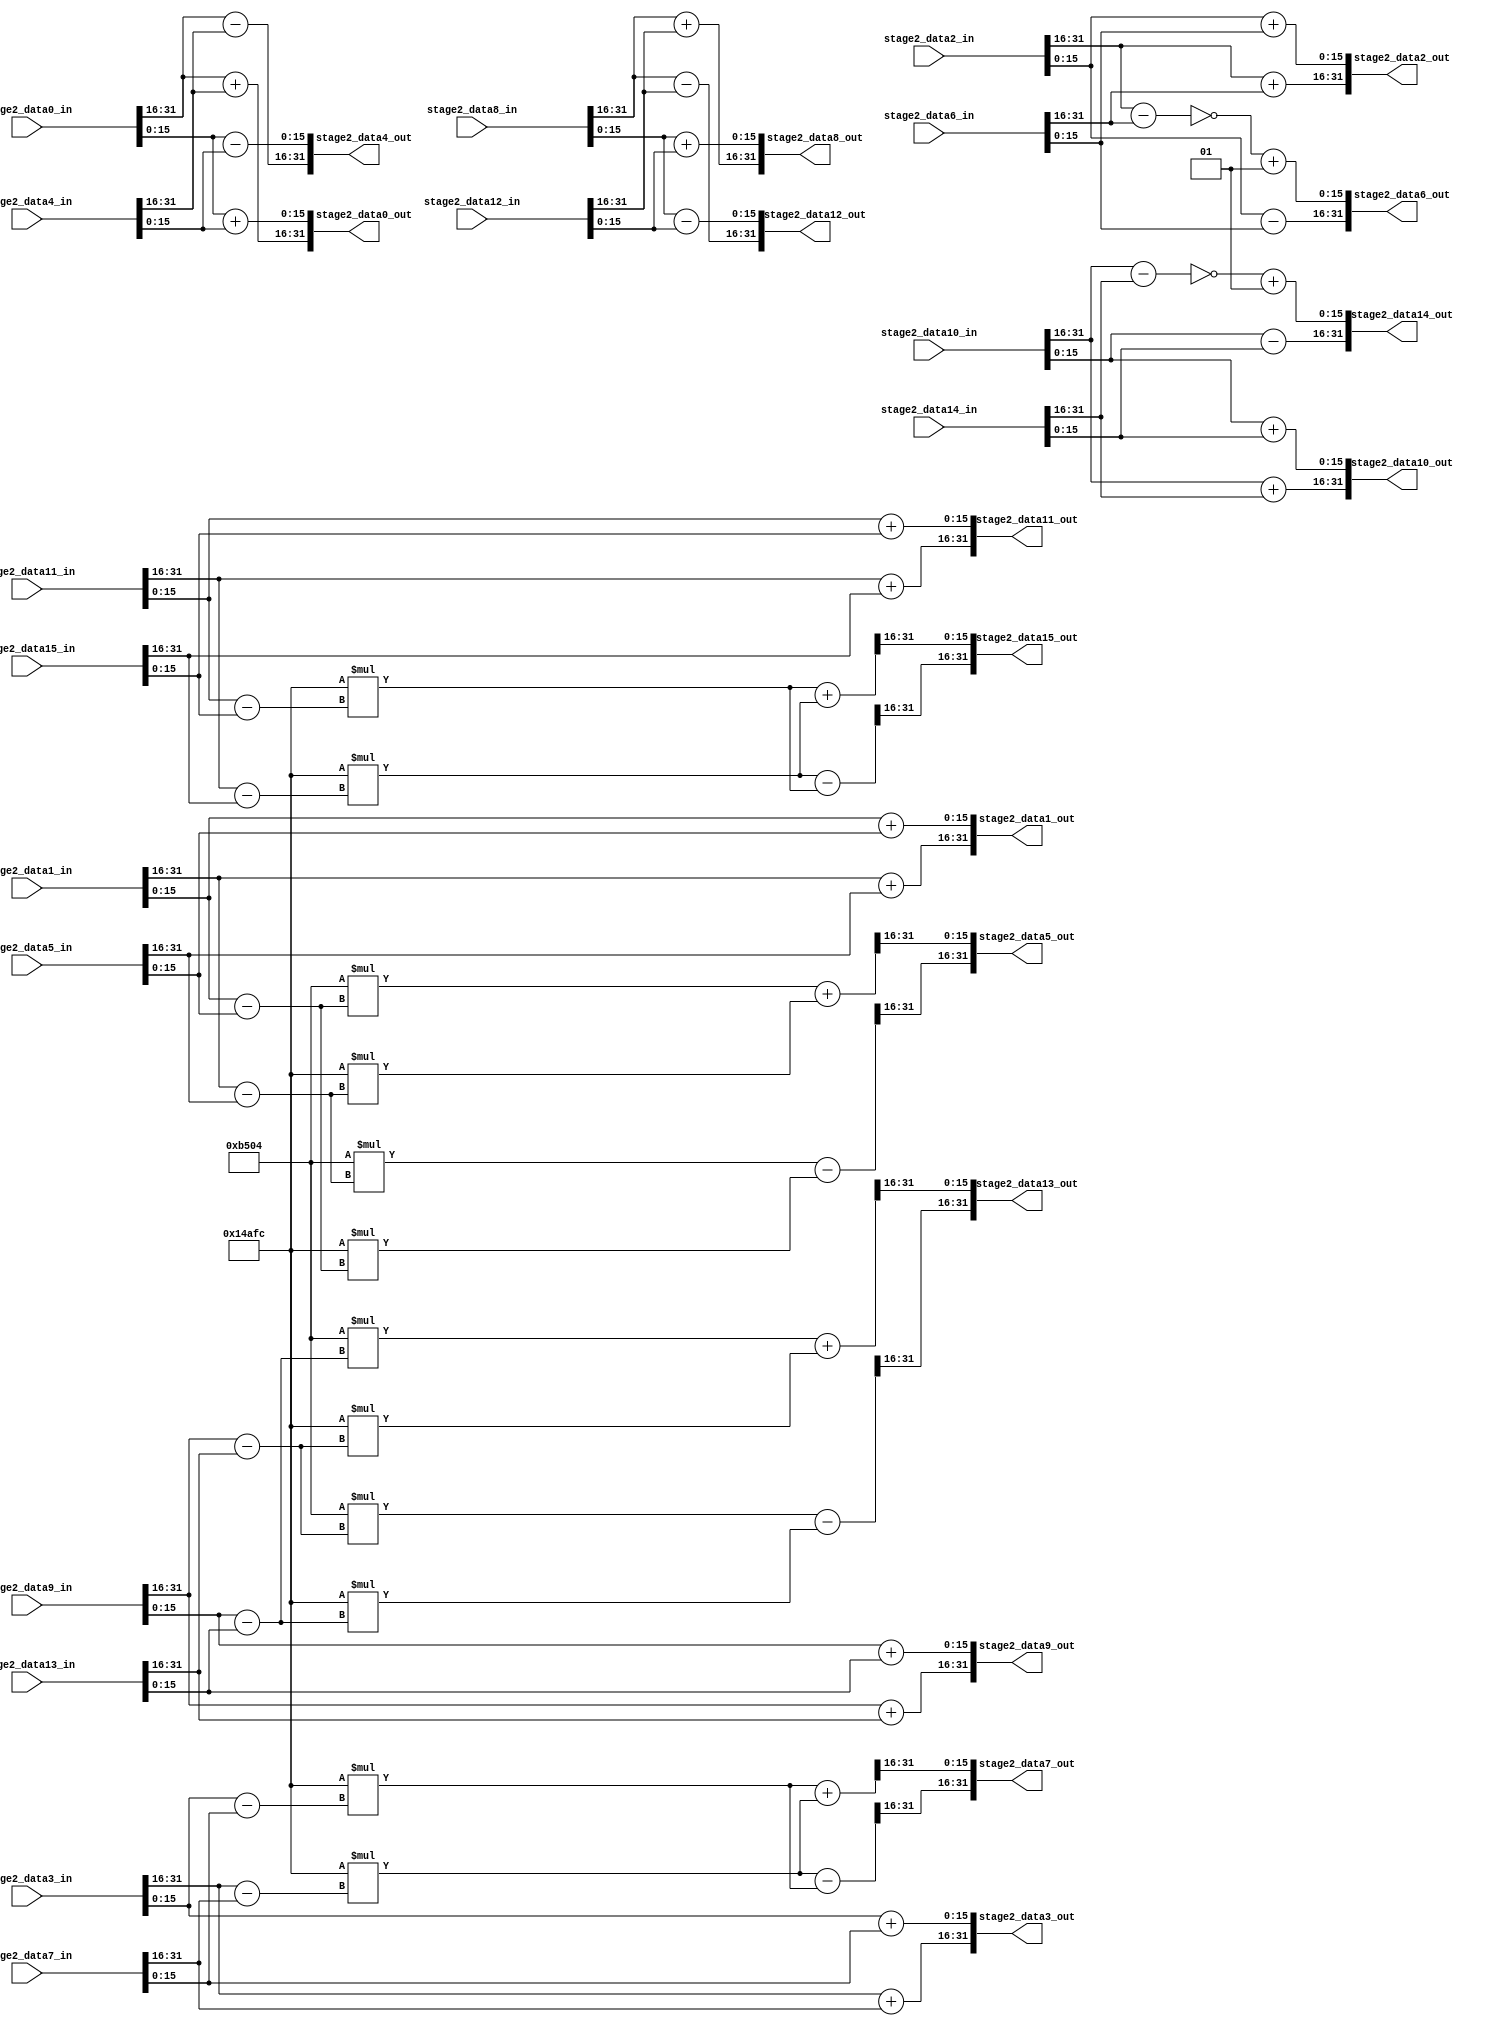
module fft_stage2(
		stage2_data0_in,
		stage2_data1_in,
		stage2_data2_in,
		stage2_data3_in,
		stage2_data4_in,
		stage2_data5_in,
		stage2_data6_in,
		stage2_data7_in,
		stage2_data8_in,
		stage2_data9_in,
		stage2_data10_in,
		stage2_data11_in,
		stage2_data12_in,
		stage2_data13_in,
		stage2_data14_in,
		stage2_data15_in,

		stage2_data0_out,
		stage2_data1_out,
		stage2_data2_out,
		stage2_data3_out,
		stage2_data4_out,
		stage2_data5_out,
		stage2_data6_out,
		stage2_data7_out,
		stage2_data8_out,
		stage2_data9_out,
		stage2_data10_out,
		stage2_data11_out,
		stage2_data12_out,
		stage2_data13_out,
		stage2_data14_out,
		stage2_data15_out
);

	input  [31:0] stage2_data1_in;
	input  [31:0] stage2_data2_in;
	input  [31:0] stage2_data3_in;
	input  [31:0] stage2_data4_in;
	input  [31:0] stage2_data5_in;
	input  [31:0] stage2_data6_in;
	input  [31:0] stage2_data7_in;
	input  [31:0] stage2_data8_in;
	input  [31:0] stage2_data9_in;
	input  [31:0] stage2_data10_in;
	input  [31:0] stage2_data11_in;
	input  [31:0] stage2_data12_in;
	input  [31:0] stage2_data13_in;
	input  [31:0] stage2_data14_in;
	input  [31:0] stage2_data15_in;
	input  [31:0] stage2_data0_in;
	
	
	
	output reg  [31:0] stage2_data0_out;
	output reg  [31:0] stage2_data1_out;
	output reg  [31:0] stage2_data2_out;
	output reg  [31:0] stage2_data3_out;
	output reg  [31:0] stage2_data4_out;
	output reg  [31:0] stage2_data5_out;
	output reg  [31:0] stage2_data6_out;
	output reg  [31:0] stage2_data7_out;
	output reg  [31:0] stage2_data8_out;
	output reg  [31:0] stage2_data9_out;
	output reg  [31:0] stage2_data10_out;
	output reg  [31:0] stage2_data11_out;
	output reg  [31:0] stage2_data12_out;
	output reg  [31:0] stage2_data13_out;
	output reg  [31:0] stage2_data14_out;
	output reg  [31:0] stage2_data15_out;
	
	reg signed [15:0] stage2_data0_out_real;
	reg signed [15:0] stage2_data1_out_real;
	reg signed [15:0] stage2_data2_out_real;
	reg signed [15:0] stage2_data3_out_real;
	
	reg signed [15:0] stage2_data4_out_real;
	reg signed [47:0] stage2_data5_out_real;
	reg signed [15:0] stage2_data6_out_real;
	reg signed [47:0] stage2_data7_out_real;
	
	reg signed [15:0] stage2_data8_out_real;
	reg signed [15:0] stage2_data9_out_real;
	reg signed [15:0] stage2_data10_out_real;
	reg signed [15:0] stage2_data11_out_real;
	
	reg signed [15:0] stage2_data12_out_real;
	reg signed [47:0] stage2_data13_out_real;
	reg signed [15:0] stage2_data14_out_real;
	reg signed [47:0] stage2_data15_out_real;
	
	reg signed [15:0] stage2_data0_out_img;	
	reg signed [15:0] stage2_data1_out_img;
	reg signed [15:0] stage2_data2_out_img;
	reg signed [15:0] stage2_data3_out_img;
	
	reg signed [15:0] stage2_data4_out_img;
	reg signed [47:0] stage2_data5_out_img;
	reg signed [15:0] stage2_data6_out_img;
	reg signed [47:0] stage2_data7_out_img;
	
	reg signed [15:0] stage2_data8_out_img;
	reg signed [15:0] stage2_data9_out_img;
	reg signed [15:0] stage2_data10_out_img;
	reg signed [15:0] stage2_data11_out_img;
	
	reg signed [15:0] stage2_data12_out_img;
	reg signed [47:0] stage2_data13_out_img;
	reg signed [15:0] stage2_data14_out_img;
	reg signed [47:0] stage2_data15_out_img;
	
	reg signed [15:0] stage2_data14_out_img_;
	reg signed [15:0] 	stage2_data6_out_img_;
	localparam W0_img = 32'h00000000 ;     //The imag part of the reference table about COS(x)+i*SIN(x) value , 0: 000
	localparam W1_img = 32'hFFFF9E09 ;     //The imag part of the reference table about COS(x)+i*SIN(x) value , 1: -3.826752e-001
	localparam W2_img = 32'hFFFF4AFC ;     //The imag part of the reference table about COS(x)+i*SIN(x) value , 2: -7.070923e-001
	localparam W3_img = 32'hFFFF137D ;     //The imag part of the reference table about COS(x)+i*SIN(x) value , 3: -9.238739e-001
	localparam W4_img = 32'hFFFF0000 ;     //The imag part of the reference table about COS(x)+i*SIN(x) value , 4: -01
	localparam W5_img = 32'hFFFF137D ;     //The imag part of the reference table about COS(x)+i*SIN(x) value , 5: -9.238739e-001
	localparam W6_img = 32'hFFFF4AFC ;     //The imag part of the reference table about COS(x)+i*SIN(x) value , 6: -7.070923e-001
	localparam W7_img = 32'hFFFF9E09 ;    //The imag part of the reference table about COS(x)+i*SIN(x) value , 7: -3.826752e-001

	localparam W0_real = 32'h00010000 ;     //The real part of the reference table about COS(x)+i*SIN(x) value , 0: 001
	localparam W1_real = 32'h0000EC83 ;     //The real part of the reference table about COS(x)+i*SIN(x) value , 1: 9.238739e-001
	localparam W2_real = 32'h0000B504 ;     //The real part of the reference table about COS(x)+i*SIN(x) value , 2: 7.070923e-001
	localparam W3_real = 32'h000061F7 ;     //The real part of the reference table about COS(x)+i*SIN(x) value , 3: 3.826752e-001
	localparam W4_real = 32'h00000000 ;     //The real part of the reference table about COS(x)+i*SIN(x) value , 4: 000
	localparam W5_real = 32'hFFFF9E09 ;     //The real part of the reference table about COS(x)+i*SIN(x) value , 5: -3.826752e-001
	localparam W6_real = 32'hFFFF4AFC ;     //The real part of the reference table about COS(x)+i*SIN(x) value , 6: -7.070923e-001
	localparam W7_real = 32'hFFFF137D ;     //The real part of the reference table about COS(x)+i*SIN(x) value , 7: -9.238739e-001


	always@(*)
	begin
	
		 stage2_data0_out_real  = $signed(stage2_data0_in[31:16]) + $signed(stage2_data4_in[31:16]);/////////////////etension bug cofficient extension bug
		 stage2_data1_out_real  = $signed(stage2_data1_in[31:16]) + $signed(stage2_data5_in[31:16]);
		 stage2_data2_out_real  = $signed(stage2_data2_in[31:16]) + $signed(stage2_data6_in[31:16]);
		 stage2_data3_out_real  = $signed(stage2_data3_in[31:16]) + $signed(stage2_data7_in[31:16]);
		 
		 stage2_data4_out_real  =   $signed(stage2_data0_in[31:16]) - $signed(stage2_data4_in[31:16]);
		 stage2_data5_out_real  = ( $signed(W2_real)*( $signed(stage2_data1_in[31:16]) - $signed(stage2_data5_in[31:16]) ) ) - ( $signed(W2_img)*( $signed(stage2_data1_in[15:0]) - $signed(stage2_data5_in[15:0]) ) );
		 stage2_data6_out_real  = ( $signed(stage2_data2_in[15:0]) - $signed(stage2_data6_in[15:0]) );
		 stage2_data7_out_real  = ( $signed(W6_real)*( $signed(stage2_data3_in[31:16]) - $signed(stage2_data7_in[31:16]) ) ) - ( $signed(W6_img)*( $signed(stage2_data3_in[15:0]) - $signed(stage2_data7_in[15:0]) ) );
		 
		 stage2_data8_out_real  = $signed(stage2_data8_in[31:16])  + $signed(stage2_data12_in[31:16]);
		 stage2_data9_out_real  = $signed(stage2_data9_in[31:16])  + $signed(stage2_data13_in[31:16]);
		 stage2_data10_out_real = $signed(stage2_data10_in[31:16]) + $signed(stage2_data14_in[31:16]);
		 stage2_data11_out_real = $signed(stage2_data11_in[31:16]) + $signed(stage2_data15_in[31:16]);
		 
		 stage2_data12_out_real = $signed(stage2_data8_in[31:16]) - $signed(stage2_data12_in[31:16]);
		 stage2_data13_out_real = ( $signed(W2_real) * ( $signed(stage2_data9_in[31:16]) - $signed(stage2_data13_in[31:16])  ) ) - ( $signed(W2_img)*( $signed(stage2_data9_in[15:0]) - $signed(stage2_data13_in[15:0]) ) );
		 stage2_data14_out_real = ( $signed(stage2_data10_in[15:0]) - $signed(stage2_data14_in[15:0]) );
		 stage2_data15_out_real = ( $signed(W6_real) * ( $signed(stage2_data11_in[31:16]) - $signed(stage2_data15_in[31:16]) ) ) - ( $signed(W6_img)*( $signed(stage2_data11_in[15:0]) - $signed(stage2_data15_in[15:0]) ) );
		
		
		 stage2_data0_out_img  = $signed(stage2_data0_in[15:0]) + $signed(stage2_data4_in[15:0]);
		 stage2_data1_out_img  = $signed(stage2_data1_in[15:0]) + $signed(stage2_data5_in[15:0]);
		 stage2_data2_out_img  = $signed(stage2_data2_in[15:0]) + $signed(stage2_data6_in[15:0]);
		 stage2_data3_out_img  = $signed(stage2_data3_in[15:0]) + $signed(stage2_data7_in[15:0]);
		 
		 stage2_data4_out_img  = $signed(stage2_data0_in[15:0]) - $signed(stage2_data4_in[15:0]);
		 stage2_data5_out_img  = ( $signed(W2_real) * ( $signed(stage2_data1_in[15:0]) - $signed(stage2_data5_in[15:0]) ) ) + ( $signed(W2_img) * ( $signed(stage2_data1_in[31:16]) - $signed(stage2_data5_in[31:16]) ) );
		 stage2_data6_out_img_ = $signed(stage2_data2_in[31:16]) - $signed(stage2_data6_in[31:16]);
		 stage2_data6_out_img  = $signed(~stage2_data6_out_img_)+$signed(16'h0001);
		 stage2_data7_out_img  = ( $signed(W6_real) * ( $signed(stage2_data3_in[15:0]) - $signed(stage2_data7_in[15:0]) ) ) + ( $signed(W6_img) * ( $signed(stage2_data3_in[31:16]) - $signed(stage2_data7_in[31:16]) ) );
		 
		 stage2_data8_out_img  = $signed(stage2_data8_in[15:0])  + $signed(stage2_data12_in[15:0]);
		 stage2_data9_out_img  = $signed(stage2_data9_in[15:0])  + $signed(stage2_data13_in[15:0]);
		 stage2_data10_out_img = $signed(stage2_data10_in[15:0]) + $signed(stage2_data14_in[15:0]);
		 stage2_data11_out_img = $signed(stage2_data11_in[15:0]) + $signed(stage2_data15_in[15:0]);
		 
		 stage2_data12_out_img = $signed(stage2_data8_in[15:0]) - $signed(stage2_data12_in[15:0]);
		 stage2_data13_out_img = ( $signed(W2_real) * ( $signed(stage2_data9_in[15:0]) - $signed(stage2_data13_in[15:0]) ) ) + ( $signed(W2_img) * ( $signed(stage2_data9_in[31:16]) - $signed(stage2_data13_in[31:16]) ) );
		 stage2_data14_out_img_=$signed(stage2_data10_in[31:16]) - $signed(stage2_data14_in[31:16]);
		 stage2_data14_out_img =$signed(~stage2_data14_out_img_)+$signed(16'h0001);
		 stage2_data15_out_img = ( $signed(W6_real) * ( $signed(stage2_data11_in[15:0]) - $signed(stage2_data15_in[15:0]) ) ) + ( $signed(W6_img) * ( $signed(stage2_data11_in[31:16]) - $signed(stage2_data15_in[31:16]) ) );
		 
		 
		 
		 
		 stage2_data0_out={stage2_data0_out_real,stage2_data0_out_img};
		 stage2_data1_out={stage2_data1_out_real,stage2_data1_out_img};
		 stage2_data2_out={stage2_data2_out_real,stage2_data2_out_img};
		 stage2_data3_out={stage2_data3_out_real,stage2_data3_out_img};
		 
		 stage2_data4_out={stage2_data4_out_real,stage2_data4_out_img};
		 stage2_data5_out={stage2_data5_out_real[31:16],stage2_data5_out_img[31:16]};
		 stage2_data6_out={stage2_data6_out_real,stage2_data6_out_img};
		 stage2_data7_out={stage2_data7_out_real[31:16],stage2_data7_out_img[31:16]};
		 
		 stage2_data8_out={stage2_data8_out_real,stage2_data8_out_img};
		 stage2_data9_out={stage2_data9_out_real,stage2_data9_out_img};
		 stage2_data10_out={stage2_data10_out_real,stage2_data10_out_img};
		 stage2_data11_out={stage2_data11_out_real,stage2_data11_out_img};
		 
		 stage2_data12_out={stage2_data12_out_real,stage2_data12_out_img};
		 stage2_data13_out={stage2_data13_out_real[31:16],stage2_data13_out_img[31:16]};
		 stage2_data14_out={stage2_data14_out_real,stage2_data14_out_img};
		 stage2_data15_out={stage2_data15_out_real[31:16],stage2_data15_out_img[31:16]};
		
	
	end
	endmodule